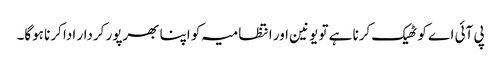
پی آئی اے کو ٹھیک کرنا ہے تو یونین اور انتظامیہ کو اپنا بھرپور کردار ادا کرنا ہوگا۔